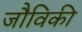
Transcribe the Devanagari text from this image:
जौविकी